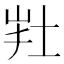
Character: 𡊽